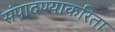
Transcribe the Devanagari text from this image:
संपादण्याकरिता